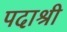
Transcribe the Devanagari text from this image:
पदाश्री